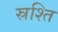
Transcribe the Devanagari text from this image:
स्रश्ति